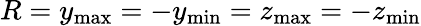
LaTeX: R=y_{\operatorname*{max}}=-y_{\operatorname*{min}}=z_{\operatorname*{max}}=-z_{\operatorname*{min}}